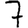
Digit: 7